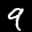
Label: 9